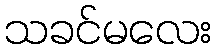
သခင်မလေး